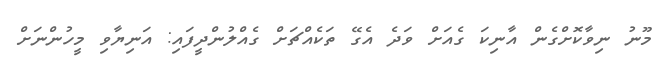
މޫނު ނިވާކޮށްގެން އާނިކަ ގެއަށް ވަދެ އެގޭ ތަކެއްޗަށް ގެއްލުންދީފައި: އަނިޔާވި މީހުންނަށް